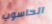
الحاسوب